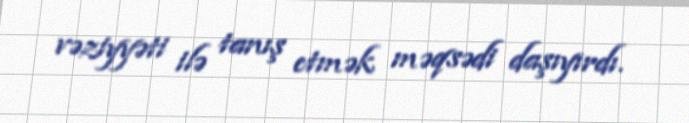
vəziyyəti ilə tanış etmək məqsədi daşıyırdı.